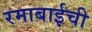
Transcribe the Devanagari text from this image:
रमाबाईची